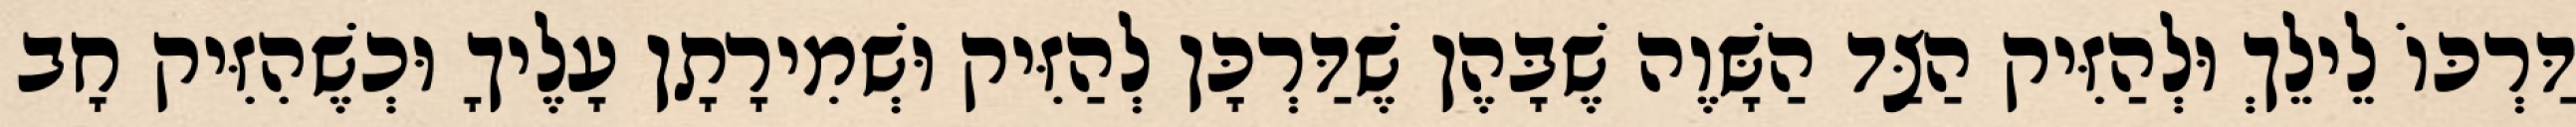
דַּרְכּוֹ לֵילֵךְ וּלְהַזִּיק הַצַּד הַשָּׁוֶה שֶׁבָּהֶן שֶׁדַּרְכָּן לְהַזִּיק וּשְׁמִירָתָן עָלֶיךָ וּכְשֶׁהִזִּיק חָב